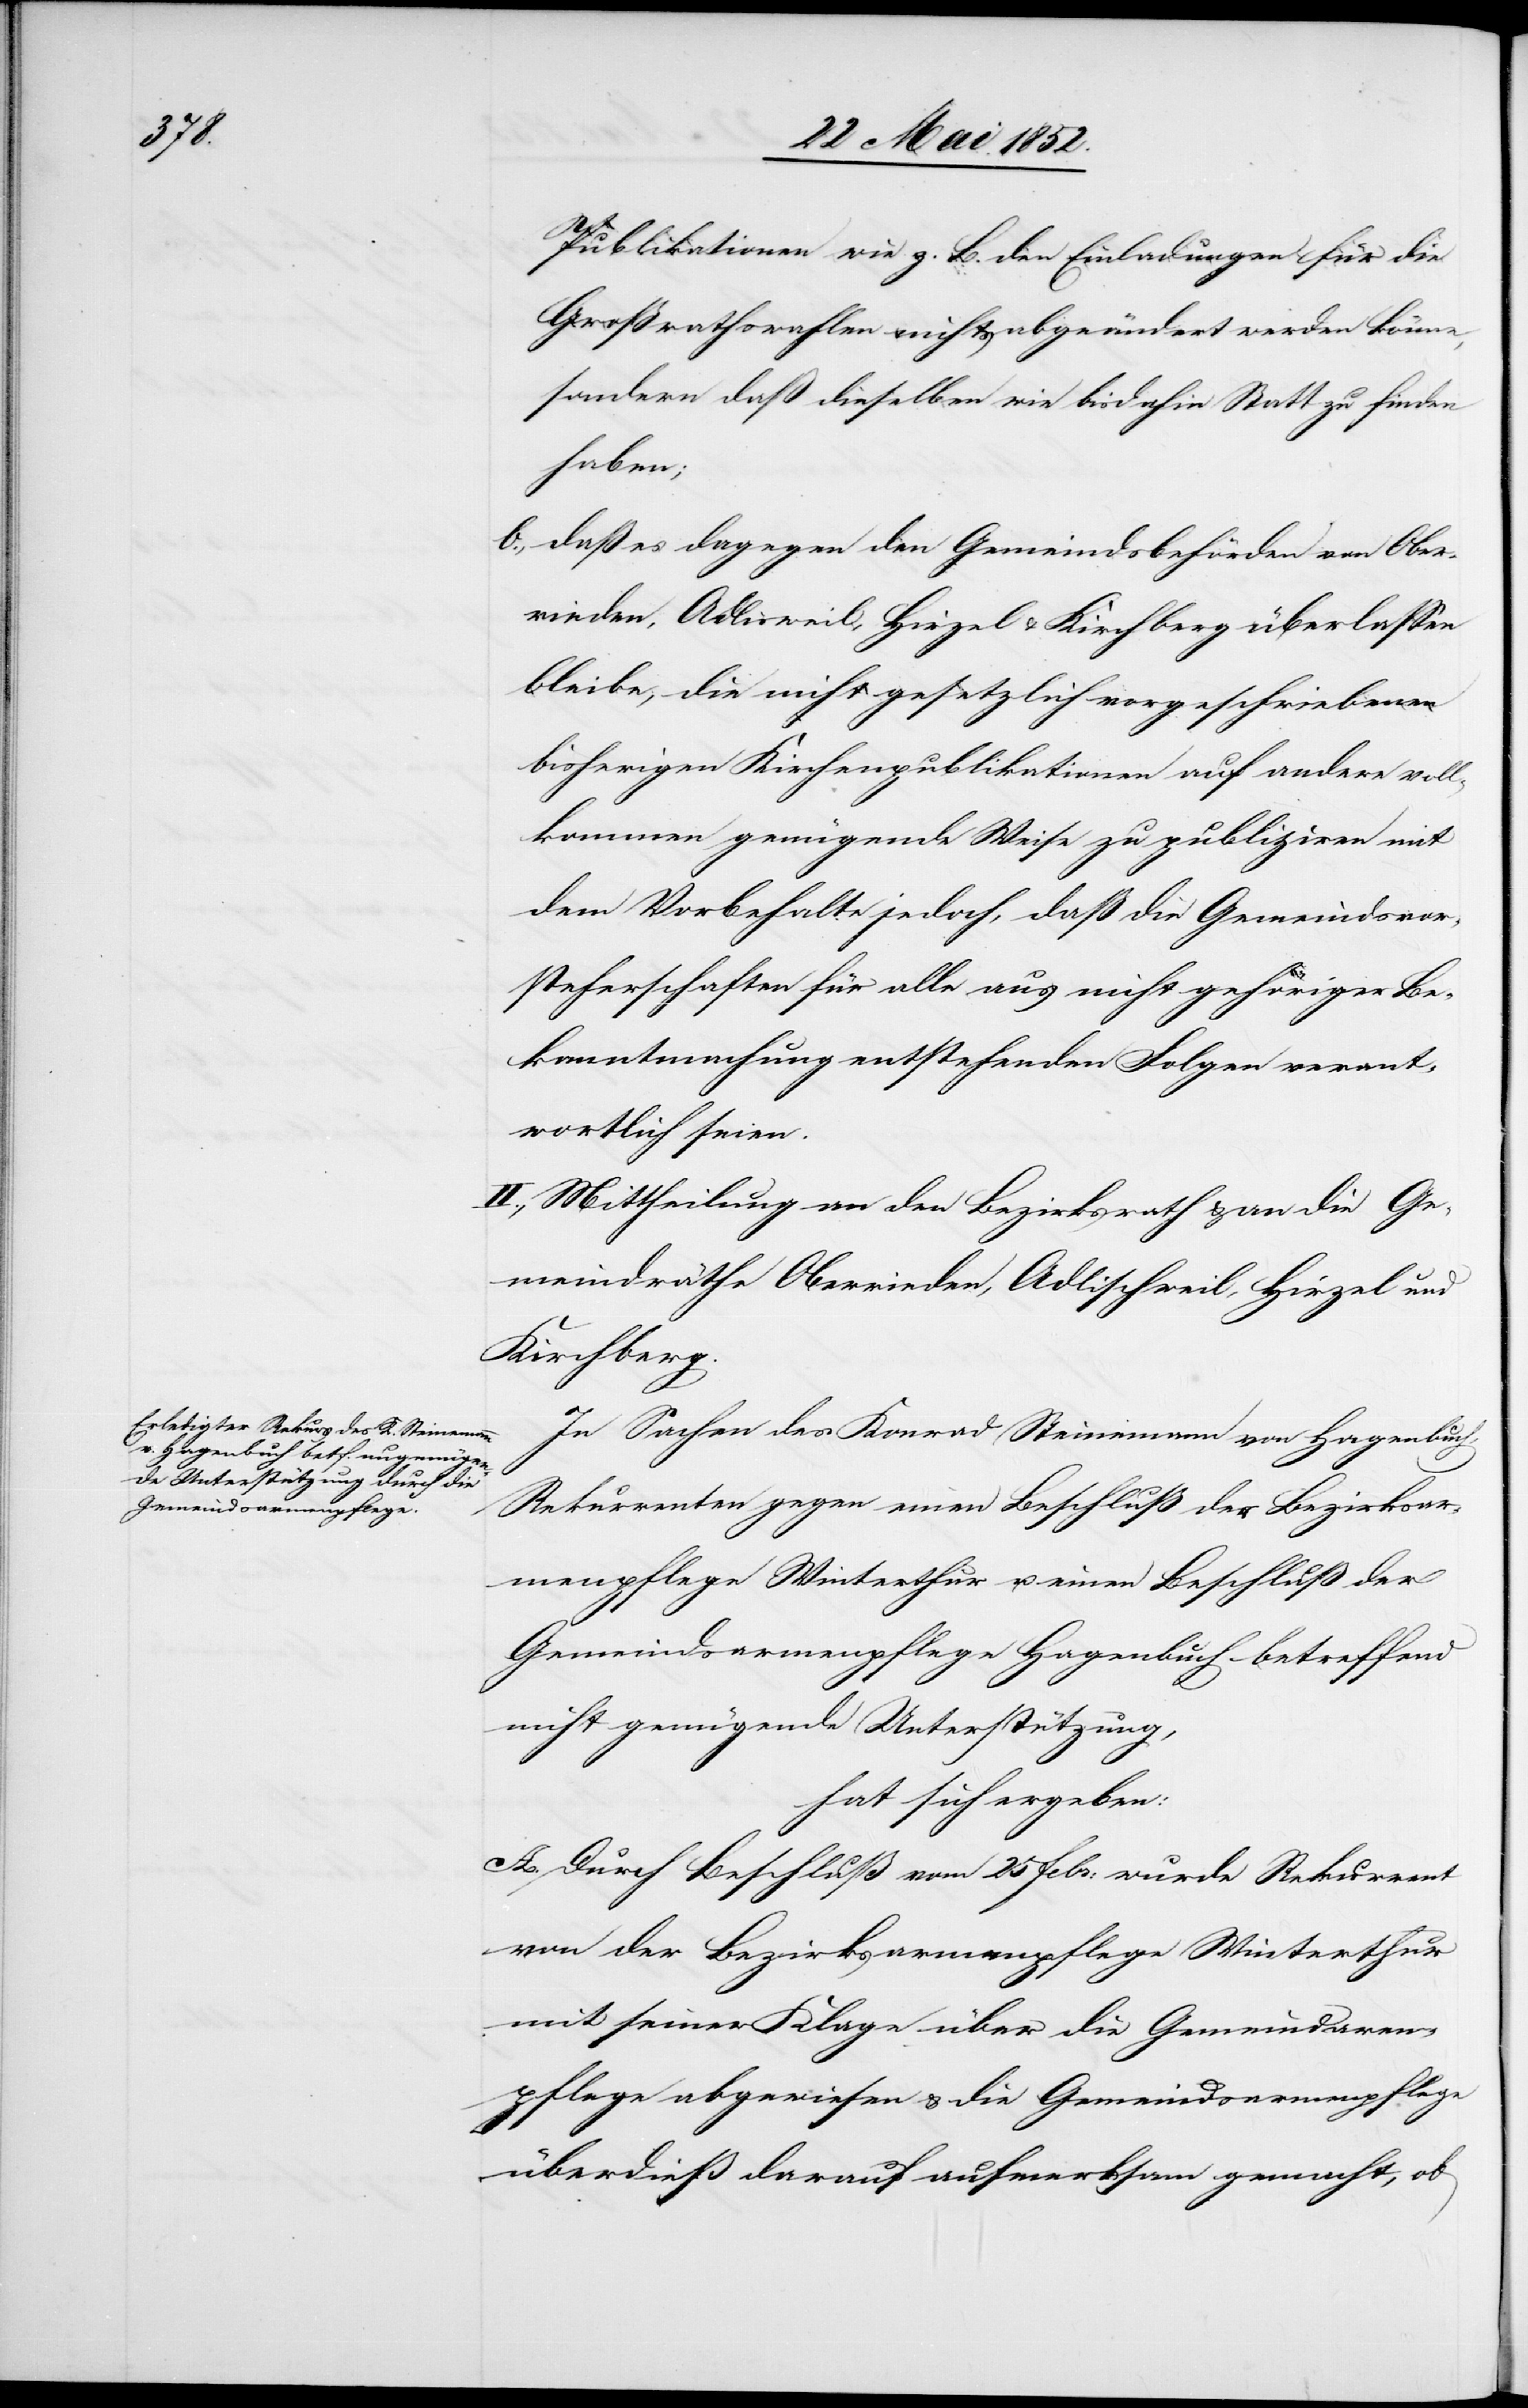
Publikationen wie z. B. den Einladungen für die
Großrathswahlen nichts abgeändert werden könne,
sondern daß dieselben wie bisdahin Statt zu finden
haben;
daß es dagegen den Gemeindsbehörden von Ober¬
rieden, Adlisweil, Hirzel & Kirchberg [sic!] überlassen
bleibe, die nicht gesetzlich vorgeschriebenen
bisherigen Kirchenpublikationen auf andere voll¬
kommen genügende Weise zu publiziren mit
dem Vorbehalte jedoch, daß die Gemeindsvor¬
steherschaften für alle aus nicht gehöriger Be¬
kanntmachung entstehenden Folgen verant¬
wortlich seien.
II., Mittheilung an den Bezirksrath & an die Ge¬
meindräthe Oberrieden, Adlischweil, Hirzel und
Kirchberg
In Sachen des Konrad Steinemann von Hagenbuch,
Rekurrenten gegen einen Beschluß der Bezirksar¬
menpflege Winterthur u. einen Beschluß der
Gemeindsarmenpflege Hagenbuch betreffend
nicht genügende Unterstützung,
hat sich ergeben:
A. Durch Beschluß vom 25 Febr: wurde Rekurrent
von der Bezirksarmenpflege Winterthur
mit seiner Klage über die Gemeindsar[m]en¬
pflege abgewiesen & die Gemeindsarmenpflege
überdieß darauf aufmerksam gemacht, ob